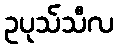
ဥပုသ်သီလ